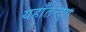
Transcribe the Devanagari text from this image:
यहाँतेन्दुए